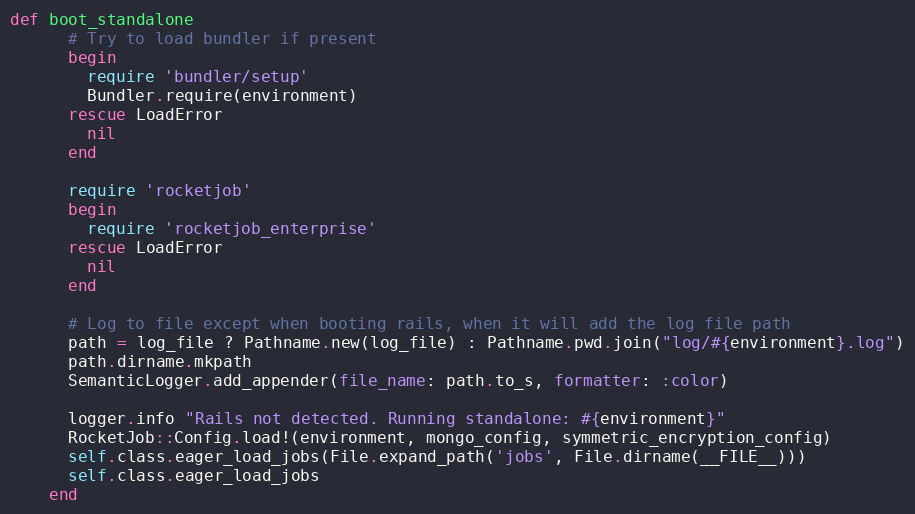
Language: Ruby
def boot_standalone
      # Try to load bundler if present
      begin
        require 'bundler/setup'
        Bundler.require(environment)
      rescue LoadError
        nil
      end

      require 'rocketjob'
      begin
        require 'rocketjob_enterprise'
      rescue LoadError
        nil
      end

      # Log to file except when booting rails, when it will add the log file path
      path = log_file ? Pathname.new(log_file) : Pathname.pwd.join("log/#{environment}.log")
      path.dirname.mkpath
      SemanticLogger.add_appender(file_name: path.to_s, formatter: :color)

      logger.info "Rails not detected. Running standalone: #{environment}"
      RocketJob::Config.load!(environment, mongo_config, symmetric_encryption_config)
      self.class.eager_load_jobs(File.expand_path('jobs', File.dirname(__FILE__)))
      self.class.eager_load_jobs
    end